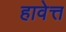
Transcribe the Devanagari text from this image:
हावेत्त